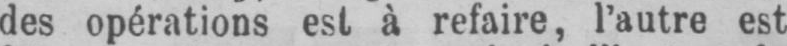
des opérations est à refaire, l’autre est